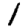
Digit: 1